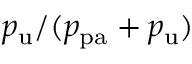
p _ { \mathrm { u } } / ( p _ { \mathrm { p a } } + p _ { \mathrm { u } } )